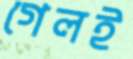
গেলই